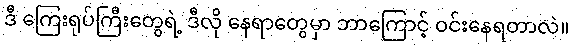
ဒီ ကြေးရုပ်ကြီးတွေရဲ့ ဒီလို နေရာတွေမှာ ဘာကြောင့် ဝင်းနေရတာလဲ။